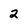
Character: 2